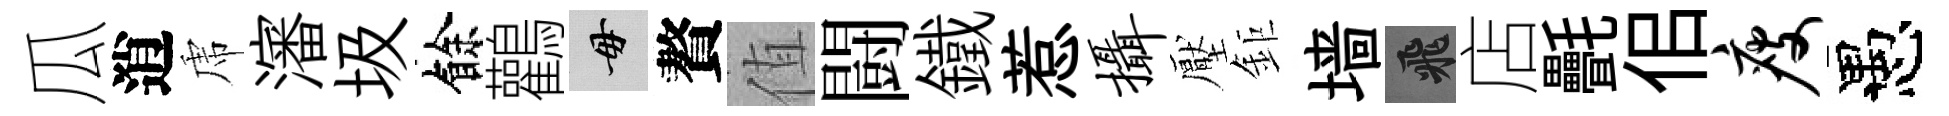
瓜逍虎瀋圾餘鸛毋贅值闘鐵惹摄壓鉅墙飛店㲲佀瘦愚